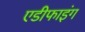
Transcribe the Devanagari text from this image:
एडीफाइंग